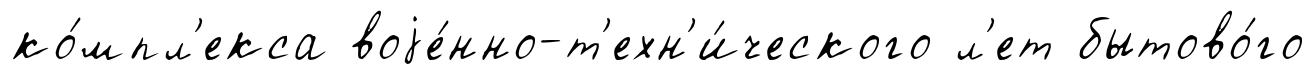
ко́мпл'екса воjе́нно-т'ехн'и́ческого л'ет бытово́го